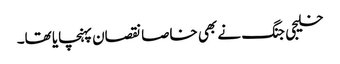
خلیجی جنگ نے بھی خاصا نقصان پہنچایا تھا۔